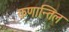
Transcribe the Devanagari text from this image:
कणान्तिल